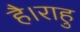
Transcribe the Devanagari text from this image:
है।राहु